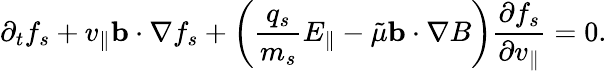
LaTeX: \partial_{t}f_{s}+v_{\parallel}\mathbf{b}\cdot\nabla f_{s}+\left(\frac{q_{s}}{m_{s}}E_{\parallel}-\tilde{\mu}\mathbf{b}\cdot\nabla B\right)\frac{\partial f_{s}}{\partial v_{\parallel}}=0.